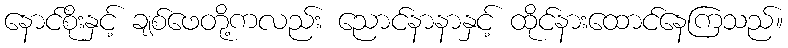
နောင်စိုးနှင့် ချစ်ဖေတို့ကလည်း ညောင်နာနာနှင့် ထိုင်နားထောင်နေကြသည်။